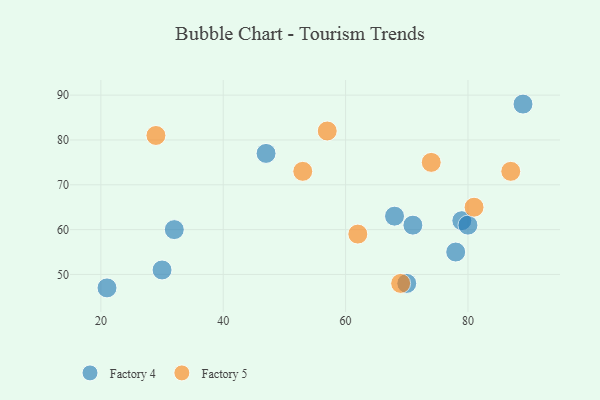
{"axis": {"x": "GDP", "y": "Life Expectancy"}, "legend": ["Factory 4", "Factory 5"], "data": [{"x": "79", "y": 62, "type": "Factory 4"}, {"x": "70", "y": 48, "type": "Factory 4"}, {"x": "21", "y": 47, "type": "Factory 4"}, {"x": "80", "y": 61, "type": "Factory 4"}, {"x": "30", "y": 51, "type": "Factory 4"}, {"x": "68", "y": 63, "type": "Factory 4"}, {"x": "71", "y": 61, "type": "Factory 4"}, {"x": "47", "y": 77, "type": "Factory 4"}, {"x": "32", "y": 60, "type": "Factory 4"}, {"x": "78", "y": 55, "type": "Factory 4"}, {"x": "89", "y": 88, "type": "Factory 4"}, {"x": "57", "y": 82, "type": "Factory 5"}, {"x": "29", "y": 81, "type": "Factory 5"}, {"x": "53", "y": 73, "type": "Factory 5"}, {"x": "81", "y": 65, "type": "Factory 5"}, {"x": "62", "y": 59, "type": "Factory 5"}, {"x": "69", "y": 48, "type": "Factory 5"}, {"x": "74", "y": 75, "type": "Factory 5"}, {"x": "87", "y": 73, "type": "Factory 5"}]}